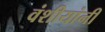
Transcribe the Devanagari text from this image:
वंशीयांनी